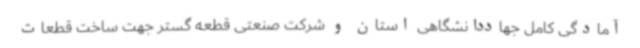
آمادگی کامل جهاددانشگاهی استان و شرکت صنعتی قطعه گستر جهت ساخت قطعات